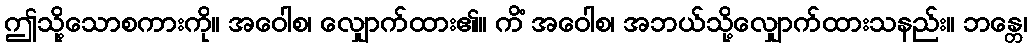
ဤသို့သောစကားကို။ အဝေါစ၊ လျှောက်ထား၏။ ကိံ အဝေါစ၊ အဘယ်သို့လျှောက်ထားသနည်း။ ဘန္တေ၊